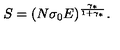
S = ( N \sigma _ { 0 } E ) ^ { \frac { \gamma _ { * } } { 1 + \gamma _ { * } } } .